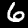
Digit: 6